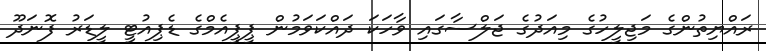
ރައްޔިތުންގެ މަޖިލީހުގެ މިއަދުގެ ޖަލްސާގައި ވާހަކަ ދައްކަވަމުން ޕީޕީއެމްގެ ޑެޕިއުޓީ ލީޑަރު ފޮނަދޫ